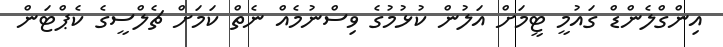
އިންގްލެންޑް ގައުމީ ޓީމަށް އަލުން ކުޅުމުގެ ވިސްނުމެއްް ނެތް ކަމަށް ޗެލްސީގެ ކެޕްޓަން